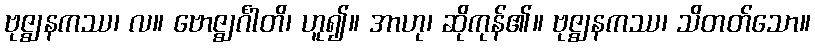
ဗုဇ္ဈနကဿ၊ လ။ ဗောဇ္ဈင်္ဂါတိ၊ ဟူ၍။ အာဟု၊ ဆိုကုန်၏။ ဗုဇ္ဈနကဿ၊ သိတတ်သော။